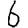
Digit: 6